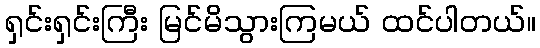
ရှင်းရှင်းကြီး မြင်မိသွားကြမယ် ထင်ပါတယ်။